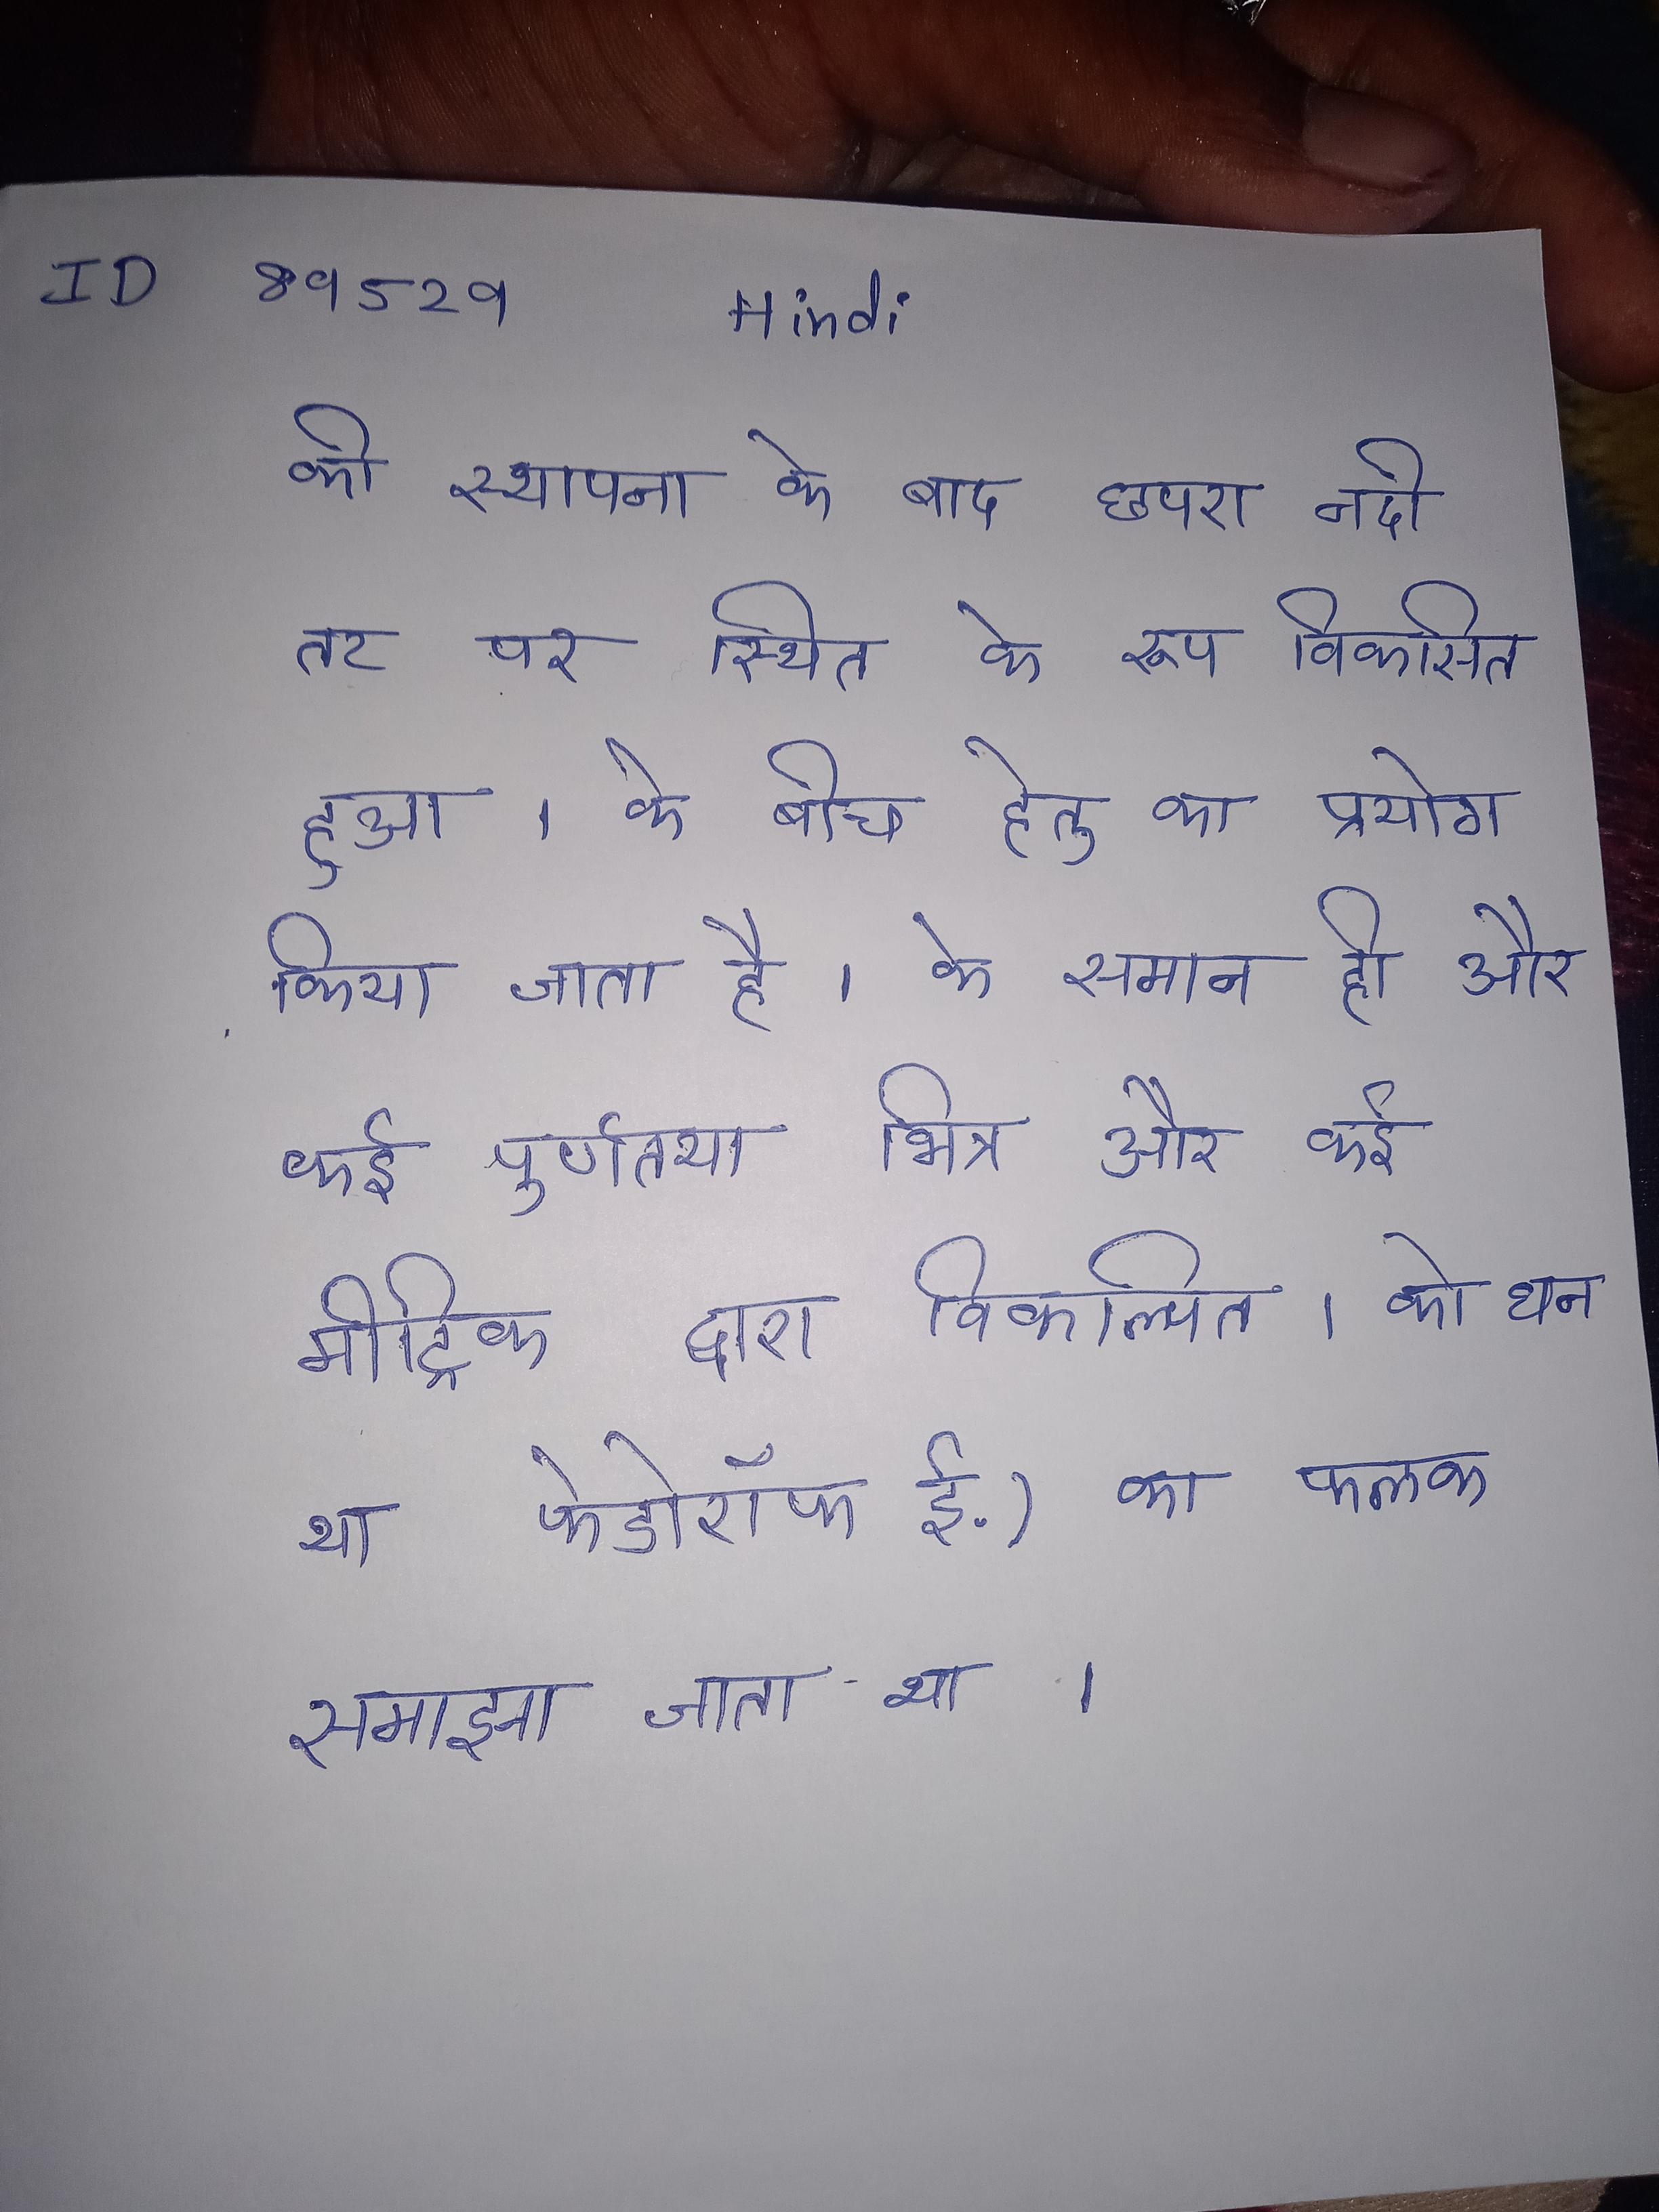
की स्थापना के बाद छपरा नदी तट पर स्थित के रूप विकसित हुआ । के बीच हेतु का प्रयोग किया जाता है । के समान ही और कई पुर्णतया भिन्न और कई मीट्रिक द्वारा विकल्पित । को अब तक औई का घन या फेडोरॉफ ई.) का फलक समझा जाता था ।